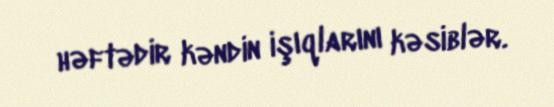
həftədir kəndin işıqlarını kəsiblər.